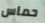
حماس